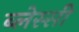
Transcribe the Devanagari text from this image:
ब्लेस्सी